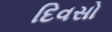
દિવસો